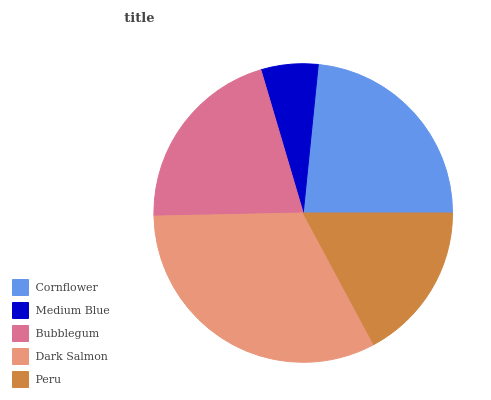
| Cornflower | Medium Blue | Bubblegum | Dark Salmon | Peru |
 | --- | --- | --- | --- | --- |
 | 23.4% | 6.18% | 20.7% | 32.5% | 17.2% |